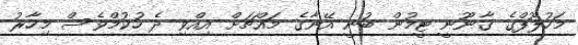
މަހުލޫފްގެ ގާނޫނީ ޓީމުން ބުނީ އޭނާގެ މައްޗަށް އިއްވި ދެ ހުކުމްވެސް މިހާރު